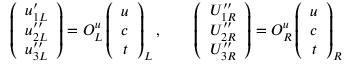
\left( \begin{array} { c } { { u _ { 1 L } ^ { \prime } } } \\ { { u _ { 2 L } ^ { \prime \prime } } } \\ { { u _ { 3 L } ^ { \prime \prime } } } \end{array} \right) = { \cal O } _ { L } ^ { u } \left( \begin{array} { c } { { u } } \\ { { c } } \\ { { t } } \end{array} \right) _ { L } , \qquad \left( \begin{array} { c } { { U _ { 1 R } ^ { \prime \prime } } } \\ { { U _ { 2 R } ^ { \prime \prime } } } \\ { { U _ { 3 R } ^ { \prime \prime } } } \end{array} \right) = { \cal O } _ { R } ^ { u } \left( \begin{array} { c } { { u } } \\ { { c } } \\ { { t } } \end{array} \right) _ { R }